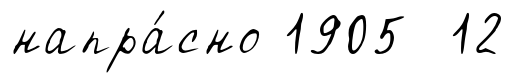
напра́сно 1905 12